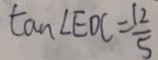
\tan \angle E D C = \frac { 1 2 } { 5 }